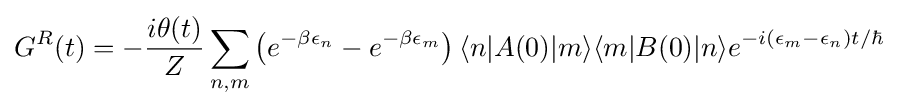
G^{R}(t)=-{\frac {i\theta (t)}{Z}}\sum _{n,m}\left(e^{-\beta \epsilon _{n}}-e^{-\beta \epsilon _{m}}\right)\langle n|A(0)|m\rangle \langle m|B(0)|n\rangle e^{-i(\epsilon _{m}-\epsilon _{n})t/\hbar }